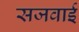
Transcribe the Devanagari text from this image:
सजवाई